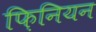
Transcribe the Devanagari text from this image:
फ़िनियन